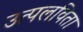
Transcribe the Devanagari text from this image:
उत्पलविता